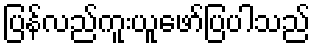
ပြန်လည်ကူးယူဖော်ပြပါသည်